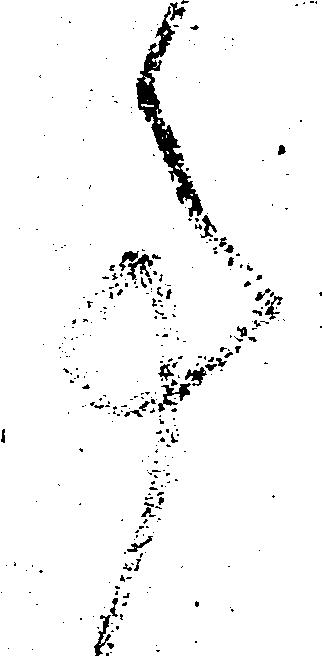
事